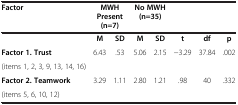
<table><thead><tr><td><b>Factor</b></td><td colspan="2"><b>MWH Present (n=7)</b></td><td colspan="2"><b>No MWH (n=35)</b></td><td><b> </b></td><td><b> </b></td><td><b> </b></td></tr></thead><tbody><tr><td> </td><td><b>M</b></td><td><b>SD</b></td><td><b>M</b></td><td><b>SD</b></td><td><b>t</b></td><td><b>df</b></td><td><b>p</b></td></tr><tr><td><b>Factor 1. Trust</b></td><td rowspan="2">6.43</td><td rowspan="2">.53</td><td rowspan="2">5.06</td><td rowspan="2">2.15</td><td rowspan="2">−3.29</td><td rowspan="2">37.84</td><td rowspan="2">.002</td></tr><tr><td>(items 1, 2, 3, 9, 13, 14, 16)</td></tr><tr><td><b>Factor 2. Teamwork</b></td><td>3.29</td><td>1.11</td><td>2.80</td><td>1.21</td><td>.98</td><td>40</td><td>.332</td></tr><tr><td>(items 5, 6, 10, 12)</td><td> </td><td> </td><td> </td><td> </td><td> </td><td> </td><td> </td></tr></tbody></table>